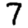
Digit: 7